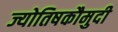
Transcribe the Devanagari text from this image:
ज्योतिषकौमुदी